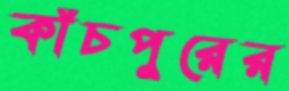
কাঁচপুরের